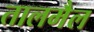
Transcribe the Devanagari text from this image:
तालमैल